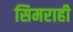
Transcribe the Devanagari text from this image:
सिमराही